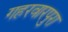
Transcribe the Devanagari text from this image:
गहरवारपुरा